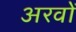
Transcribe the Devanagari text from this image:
अरवों